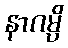
နာဂမ္ပိ